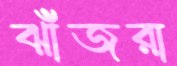
ঝাঁজরা